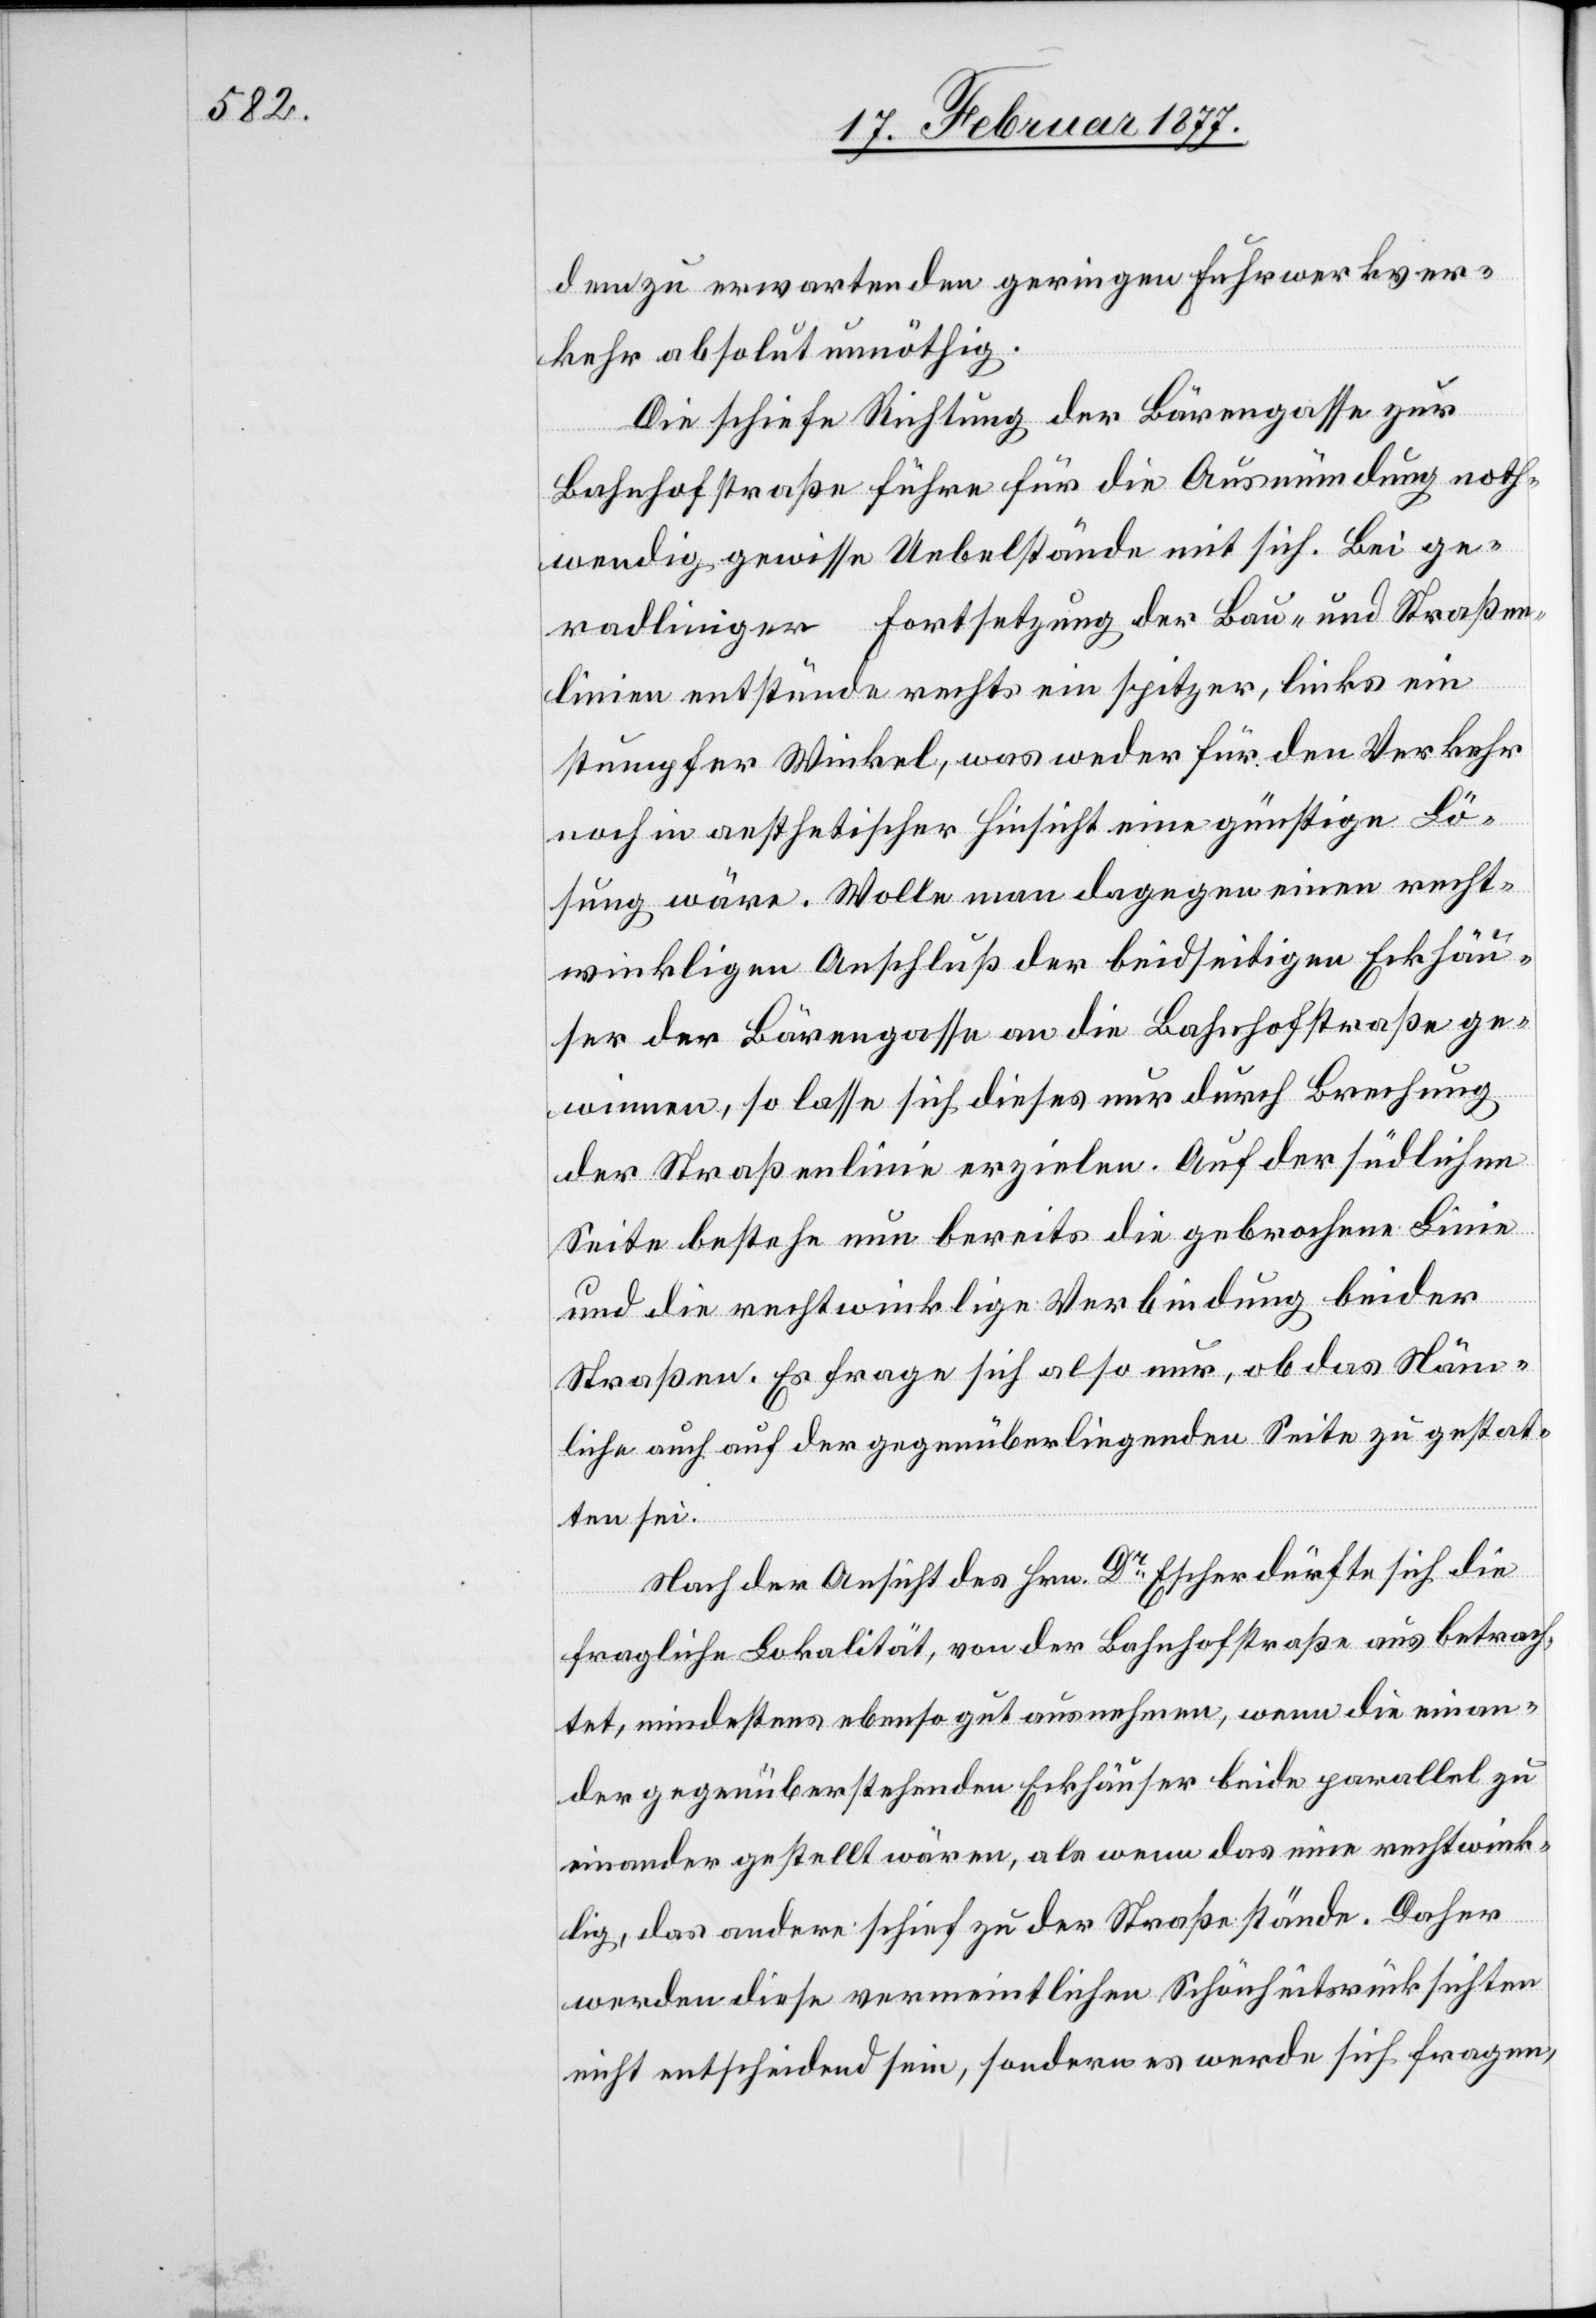
dem zu erwartenden geringen Fuhrwerkver¬
kehr absolut unnöthig.
Die schiefe Richtung der Bärengasse zur
Bahnhofstraße führt für die Ausmündung noth¬
wendig gewisse Uebelstände mit sich. Bei ge¬
radliniger Fortsetzung der Bau- und Straßen¬
linien entstünde rechts ein spitzer, links ein
stumpfer Winkel, was weder für den Verkehr
noch in aesthetischer Hinsicht eine günstige Lö¬
sung wäre. Wolle man dagegen einen recht¬
winkligen Anschluß der beidseitigen Eckhäu¬
ser der Bärengasse an die Bahnhofstraße ge¬
winnen, so lasse sich dieses nur durch Brechung
der Straßenlinie erzielen. Auf der südlichen
Seite bestehe nun bereits die gebrochene Linie
und die rechtwinklige Verbindung beider
Straßen. Es Frage sich also nur, ob das Näm¬
liche auch auf der gegenüberliegenden Seite zu gestat¬
ten sei.
Nach der Ansicht des Hrn. Dr Escher dürfte sich die
fragliche Lokalität, von der Bahnhofstraße aus betrach¬
tet, mindestens ebenso gut ausnehmen, wenn die einan¬
der gegenüberstehenden Eckhäuser beide parallel zu
einander gestellt wären, als wenn das eine rechtwink¬
lig, das andere schief zu der Straße stände. Daher
werden diese vermeintlichen Schönheitsrücksichten
nicht entscheidend sein, sondern es werde sich fragen,